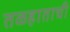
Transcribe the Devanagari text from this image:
तळहाताची